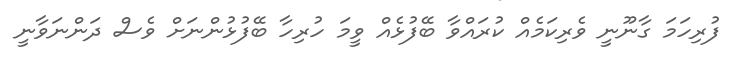
ފުރިހަމަ ގާނޫނީ ވެރިކަމެއް ކުރައްވާ ބޭފުޅެއް ވީމަ ހުރިހާ ބޭފުޅުންނަށް ވެސް ދަންނަވާނީ